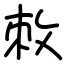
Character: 敇